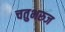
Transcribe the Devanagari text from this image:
चतुभरुज